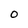
Character: 0